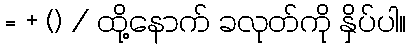
= + () / ထို့နောက် ခလုတ်ကို နှိပ်ပါ။